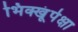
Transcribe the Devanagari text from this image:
भिक्खूंपेक्षा